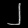
Digit: ၂